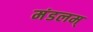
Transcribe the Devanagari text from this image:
मंडलम्‌